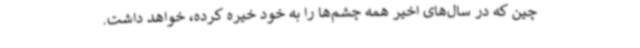
چین که در سال‌های اخیر همه چشم‌ها را به خود خیره کرده، خواهد داشت.